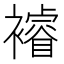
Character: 𮖼